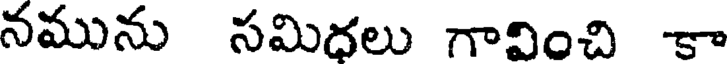
నమును సమిధలు గావించి కా